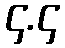
၄.၄